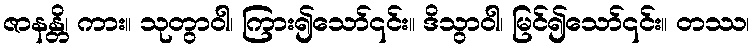
ဇာနန္တိ၊ ကား။ သုတွာဝါ၊ ကြား၍သော်၎င်း။ ဒိသွာဝါ၊ မြင်၍သော်၎င်း။ တဿ၊